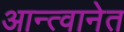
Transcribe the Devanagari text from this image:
आन्त्वानेत